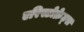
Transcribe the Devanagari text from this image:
एरिस्टोक्रेट्स